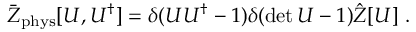
\bar { Z } _ { \mathrm { p h y s } } [ U , U ^ { \dagger } ] = \delta ( U U ^ { \dagger } - \boldsymbol { 1 } ) \delta ( \operatorname * { d e t } U - 1 ) \hat { Z } [ U ] \ .